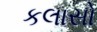
કલાસો